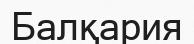
Балқария